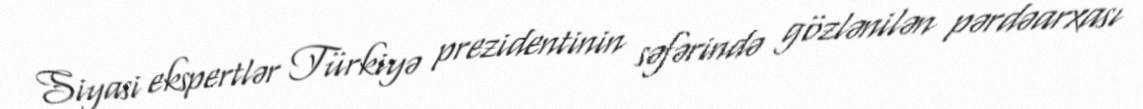
Siyasi ekspertlər Türkiyə prezidentinin səfərində gözlənilən pərdəarxası